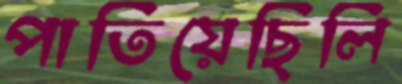
পাতিয়েছিলি